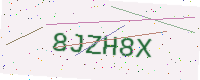
Text: 8JZH8X